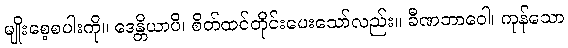
မျိုးစေ့စပါးကို။ ဒေန္တိယာပိ၊ စိတ်ထင်တိုင်းပေးသော်လည်း။ ခီဏဘာဝေါ၊ ကုန်သော